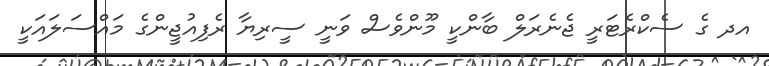
އދ ގެ ސެކްރެޓަރީ ޖެނެރަލް ބާންކީ މޫންވެސް ވަނީ ސީރިޔާ ރެފިއުޖީންގެ މައްސަލައަކީ